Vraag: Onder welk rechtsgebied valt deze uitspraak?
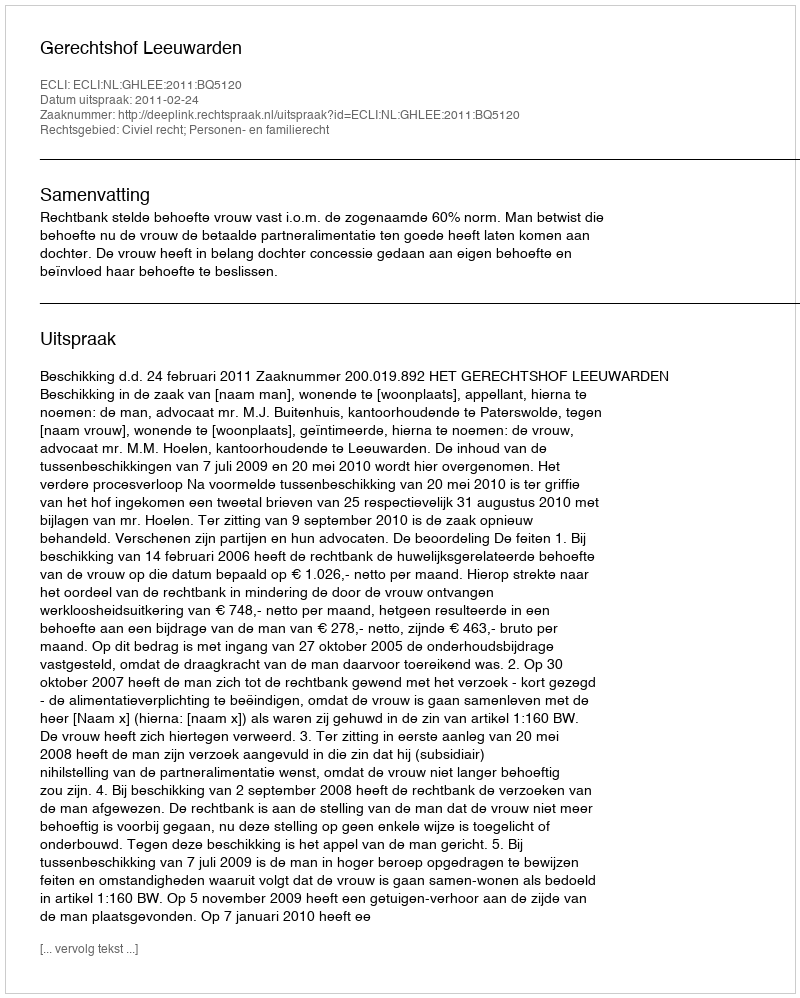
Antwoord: Civiel recht; Personen- en familierecht